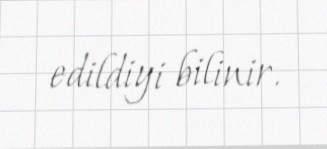
edildiyi bilinir.